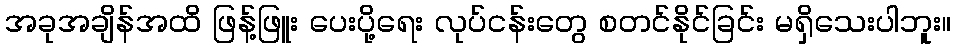
အခုအချိန်အထိ ဖြန့်ဖြူး ပေးပို့ရေး လုပ်ငန်းတွေ စတင်နိုင်ခြင်း မရှိသေးပါဘူး။